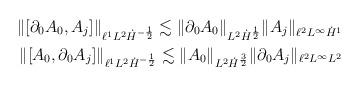
LaTeX: \begin{align*}\|[\partial_0 A_0, A_j] \|_{\ell^1 L^2 \dot H^{-\frac12}} \lesssim \| \partial_0 A_0\|_{L^2 \dot H^\frac12} \| A_j\|_{\ell^2 L^\infty \dot H^1} \\\|[A_0, \partial_0 A_j] \|_{\ell^1 L^2 \dot H^{-\frac12}} \lesssim \| A_0\|_{L^2 \dot H^\frac32} \| \partial_0 A_j\|_{\ell^2 L^\infty L^2} \end{align*}